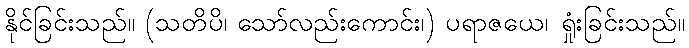
နိုင်ခြင်းသည်။ (သတိပိ၊ သော်လည်းကောင်း၊) ပရာဇယေ၊ ရှုံးခြင်းသည်။